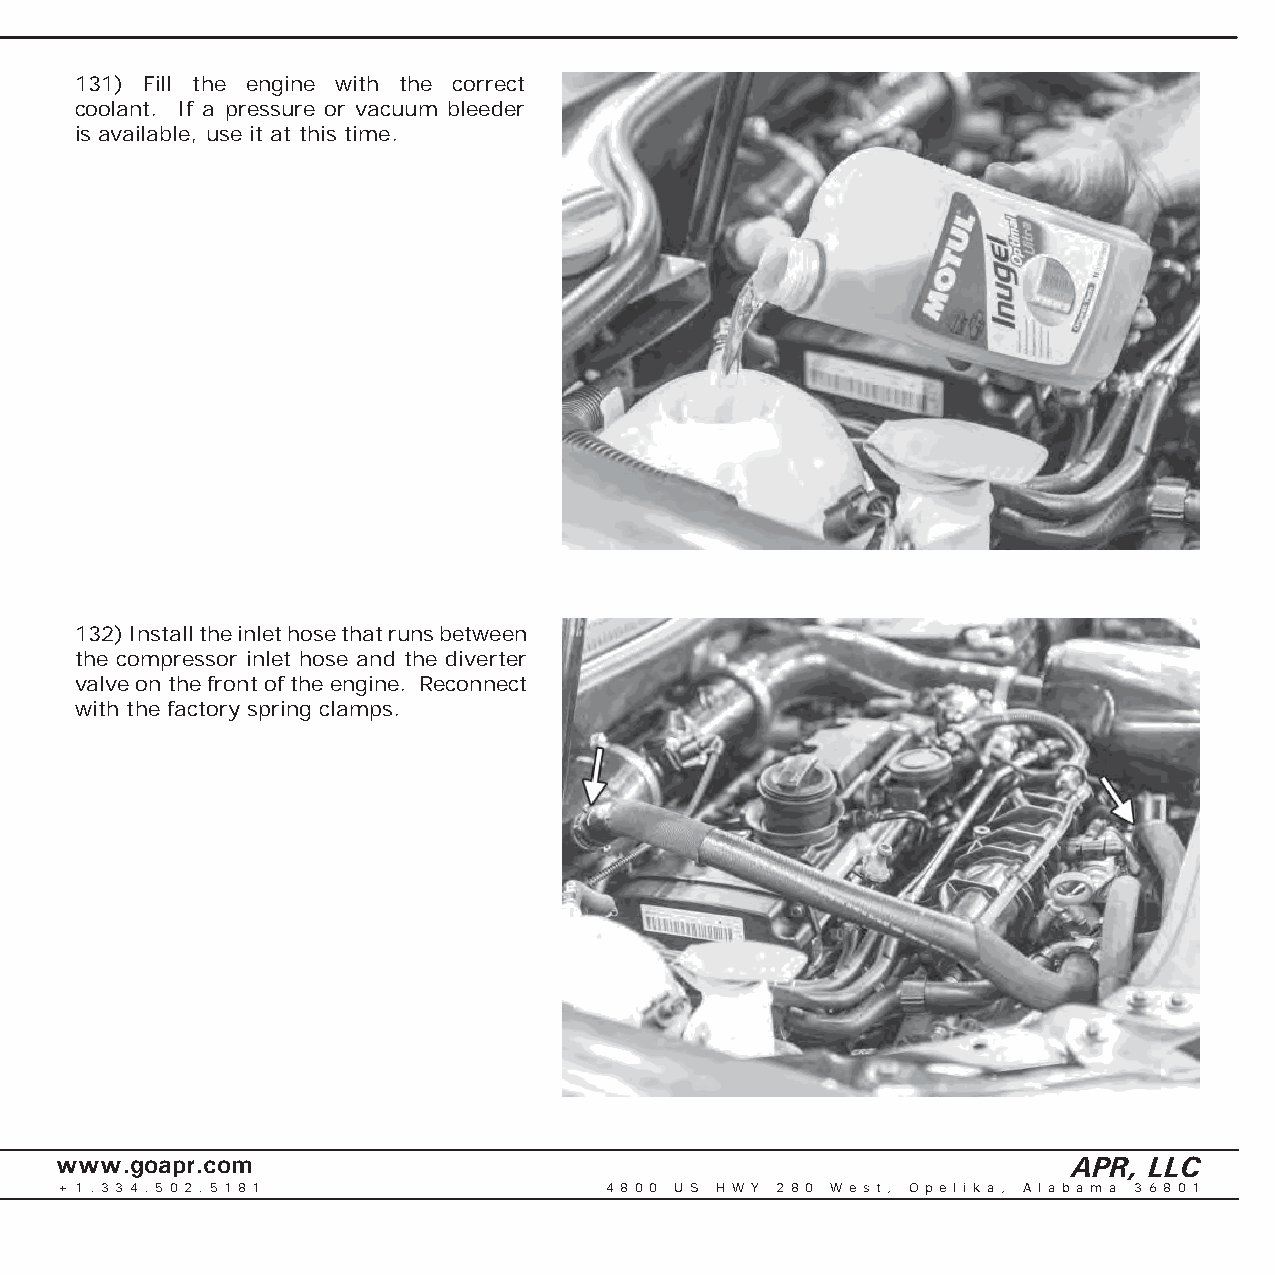
131) Fill the engine with the correct
 coolant. If a pressure or vacuum bleeder
 is available, use it at this time.
 132) Install the inlet hose that runs between
 the compressor inlet hose and the diverter
 valve on the front of the engine. Reconnect
 with the factory spring clamps.
 www.goapr.com                                                      APR, LLC
 + 1 . 3 3 4 . 5 0 2 . 5 1 8 1       4 8 0 0 U S H W Y 2 8 0 We s t , O p e l i k a , A l a b a m a 3 6 8 0 1